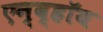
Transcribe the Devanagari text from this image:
एन्व्हॉय